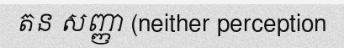
តន សញ្ញា (neither perception